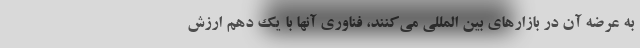
به عرضه آن در بازارهای بین المللی می‌کنند، فناوری آنها با یک دهم ارزش